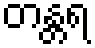
တန္တရ